Regulations for the medical services of the Army of India
Year: 1930
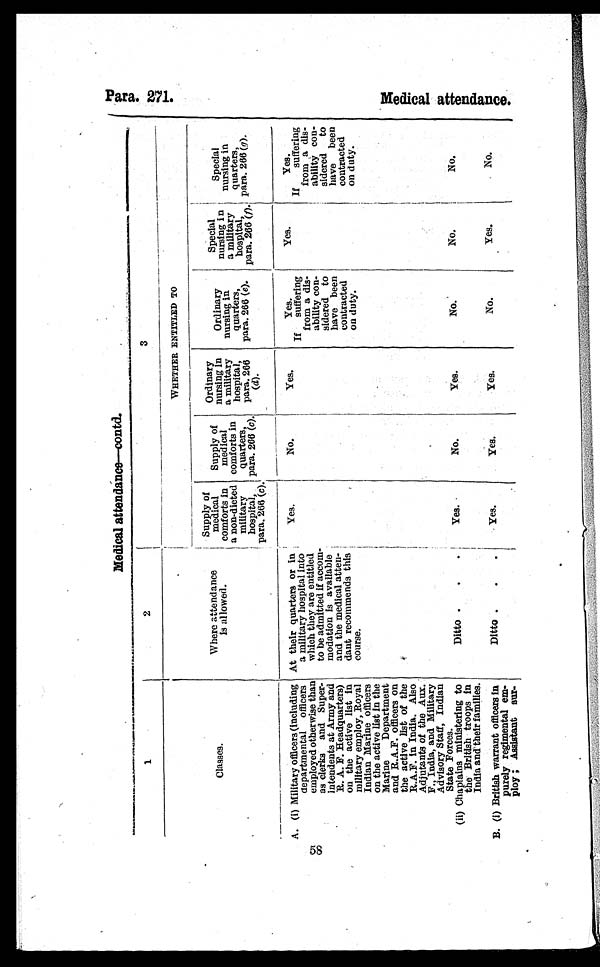
P a r a . 2 7 1 .
58
Medical attendance—contd.
1
2
3
Classes.
Where attendance
is allowed.
WHETHER ENTITLED TO
Supply of
medical
comforts in
a non-dieted
military
hospital,
para. 266 (c).
Supply o f m e d i c a l
comforts in
quarters,
para. 266 (c ).
Ordinary
nursing In
a m i l i t a r y
hospital,
para. 266
(d).
Ordinary
nursing i n
quarters,
para. 266 (e).
Special
nursing in
a military
hospital,
para. 266 (f)
Special
nursing in
quarters,
para. 266 ( g).
A. (i) Military officers (including
aepartmental officers
employed otherwise than
as clerks and Super-
intendents at Army and
R. A. F. Headquarters)
on the active list in
military employ, Royal
Indian Marine officers
on the active list in the
Marine Department
and R.A.F. officers on
the active list of the
R.A.F. in India. Also
Adjutants of the Aux.
F., India, and Military
Advisory Staff, Indian
State Forces.
At their quarters or in
a military hospital into
which they are entitled
to be admitted if accom-
modation is available
and the medical atten-
dant recommends this
course.
Yes.
No.
Yes.
Yes.
If suffering
from a dis-
ability con-
sidered to
have been
contracted
on duty.
Yes.
Yes.
If suffering
from a dis-
ability con-
sidered to
have been
contracted
on duty.
(ii) Chaplains ministering to
the British troops in
India and their families.
Ditto
Yes .
No.
Yes.
No.
No.
No.
B. (i) British warrant officers in
purely regimental em-
ploy ; Assistant sur-
Ditto
Yes.
Yes.
Yes.
No.
Yes.
No.
M e d i c a l a t t e n d a n c e .